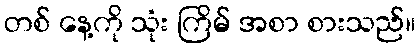
တစ် နေ့ကို သုံး ကြိမ် အစာ စားသည်။